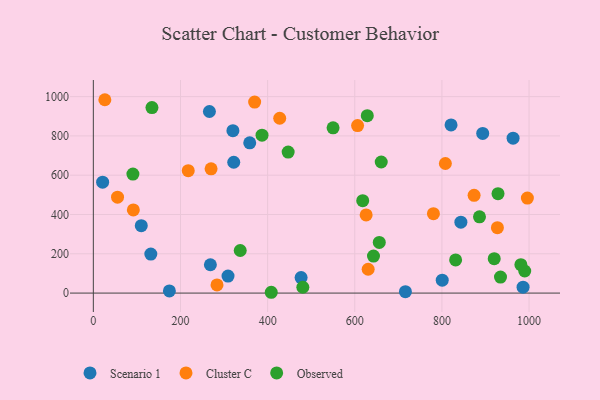
{"axis": {"x": "Ad Spend", "y": "Demand"}, "legend": ["Cluster C", "Observed", "Scenario 1"], "data": [{"x": "131.9", "y": 198.6, "type": "Scenario 1"}, {"x": "476.8", "y": 78.9, "type": "Scenario 1"}, {"x": "893.6", "y": 812.6, "type": "Scenario 1"}, {"x": "716.2", "y": 7.0, "type": "Scenario 1"}, {"x": "268.6", "y": 144.3, "type": "Scenario 1"}, {"x": "843.5", "y": 360.9, "type": "Scenario 1"}, {"x": "309.1", "y": 86.6, "type": "Scenario 1"}, {"x": "174.5", "y": 11.2, "type": "Scenario 1"}, {"x": "800.7", "y": 65.8, "type": "Scenario 1"}, {"x": "266.4", "y": 924.2, "type": "Scenario 1"}, {"x": "320.3", "y": 826.6, "type": "Scenario 1"}, {"x": "110.0", "y": 342.9, "type": "Scenario 1"}, {"x": "358.9", "y": 764.8, "type": "Scenario 1"}, {"x": "21.3", "y": 564.5, "type": "Scenario 1"}, {"x": "986.2", "y": 29.9, "type": "Scenario 1"}, {"x": "963.3", "y": 788.6, "type": "Scenario 1"}, {"x": "820.9", "y": 855.7, "type": "Scenario 1"}, {"x": "322.2", "y": 666.0, "type": "Scenario 1"}, {"x": "217.8", "y": 623.0, "type": "Cluster C"}, {"x": "427.7", "y": 889.9, "type": "Cluster C"}, {"x": "626.1", "y": 398.0, "type": "Cluster C"}, {"x": "283.8", "y": 41.7, "type": "Cluster C"}, {"x": "996.1", "y": 483.5, "type": "Cluster C"}, {"x": "630.7", "y": 121.3, "type": "Cluster C"}, {"x": "780.5", "y": 404.4, "type": "Cluster C"}, {"x": "873.8", "y": 497.7, "type": "Cluster C"}, {"x": "370.2", "y": 972.3, "type": "Cluster C"}, {"x": "91.8", "y": 423.1, "type": "Cluster C"}, {"x": "55.5", "y": 488.4, "type": "Cluster C"}, {"x": "927.3", "y": 333.1, "type": "Cluster C"}, {"x": "270.2", "y": 632.7, "type": "Cluster C"}, {"x": "26.4", "y": 984.2, "type": "Cluster C"}, {"x": "807.9", "y": 659.6, "type": "Cluster C"}, {"x": "606.4", "y": 852.5, "type": "Cluster C"}, {"x": "550.2", "y": 841.3, "type": "Observed"}, {"x": "934.4", "y": 81.4, "type": "Observed"}, {"x": "134.5", "y": 944.0, "type": "Observed"}, {"x": "656.2", "y": 257.7, "type": "Observed"}, {"x": "642.9", "y": 188.3, "type": "Observed"}, {"x": "387.1", "y": 803.9, "type": "Observed"}, {"x": "990.0", "y": 112.4, "type": "Observed"}, {"x": "660.7", "y": 667.1, "type": "Observed"}, {"x": "831.4", "y": 168.6, "type": "Observed"}, {"x": "981.2", "y": 144.7, "type": "Observed"}, {"x": "886.2", "y": 388.2, "type": "Observed"}, {"x": "408.3", "y": 4.1, "type": "Observed"}, {"x": "618.2", "y": 470.5, "type": "Observed"}, {"x": "337.1", "y": 216.7, "type": "Observed"}, {"x": "928.7", "y": 505.9, "type": "Observed"}, {"x": "480.8", "y": 29.8, "type": "Observed"}, {"x": "90.8", "y": 605.8, "type": "Observed"}, {"x": "920.0", "y": 175.3, "type": "Observed"}, {"x": "628.7", "y": 902.9, "type": "Observed"}, {"x": "447.1", "y": 717.8, "type": "Observed"}]}